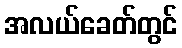
အလယ်ခေတ်တွင်